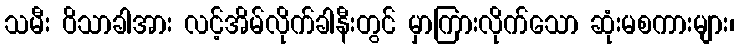
သမီး ဝိသာခါအား လင့်အိမ်လိုက်ခါနီးတွင် မှာကြားလိုက်သော ဆုံးမစကားများ၊